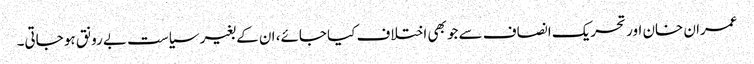
عمران خان اور تحریک انصاف سے جو بھی اختلاف کیا جائے، ان کے بغیر سیاست بے رونق ہو جاتی۔